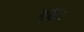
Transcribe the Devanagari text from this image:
दृढः